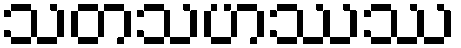
သတသဟဿဿ